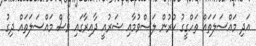
އަދި މައްސަލަތައް ތަހްގީގު ކުރުން ލަސްވުމާއި ޝަރުއީ ދާއިރާގައި ވެސް މައްސަލަތައް ދިގު